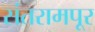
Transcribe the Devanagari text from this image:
संतरामपूर